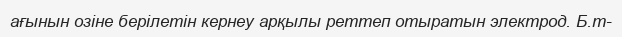
ағынын озіне берілетін кернеу арқылы реттеп отыратын электрод. Б.т-